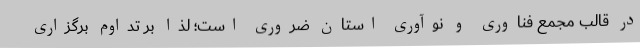
در قالب مجمع فناوری و نوآوری استان ضروری است؛ لذا بر تداوم برگزاری